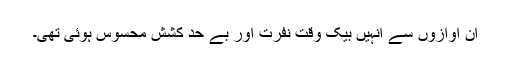
ان آوازوں سے انہیں بیک وقت نفرت اور بے حد کشش محسوس ہوئی تھی۔